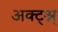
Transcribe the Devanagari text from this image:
अक्ट्श्न्